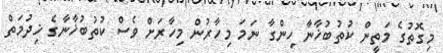
މިގޮތުގެ މަތީން ކުތުބުޚާނާ ހިންގާ ނަމަ މިހާރުން މިހާރަށް ވެސް ކުތުބުޚާނާގެ ޚިދުމަތް